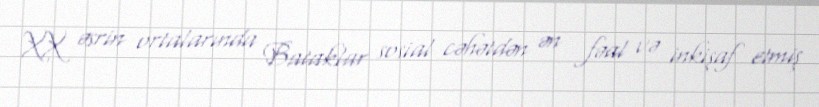
XX əsrin ortalarında Bataklar sosial cəhətdən ən fəal və inkişaf etmiş